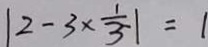
\vert 2 - 3 \times \frac { 1 } { 3 } \vert = 1